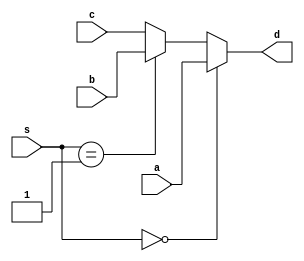
module Mux_Three (
    input [31:0] a, b, c,
    input [1:0] s,
    output reg [31:0] d
    );
    always @(*) begin
        d = (s == 2'd0) ? a : (s == 2'd1) ? b : c;
    end
endmodule

//      | \
//      |  \
// a -->| 0 |
// b -->| 1 |
// c -->| 2 | --> d
//      |   |
//      |  / <----s
//      | /